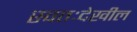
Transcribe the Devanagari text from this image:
स्वतःदेखील